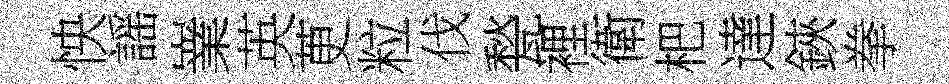
怏謡嶪英茰粒伐甃裡衛杷達鋏拳